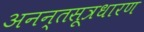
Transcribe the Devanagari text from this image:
अनन्तसूत्रधारण